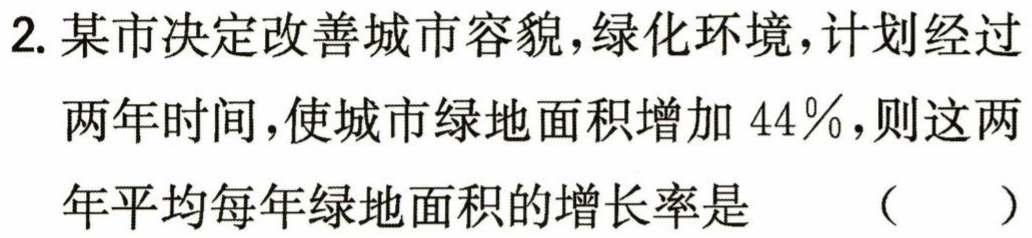
2. 某市决定改善城市容貌，绿化环境，计划经过两年时间，使城市绿地面积增加$44\%$，则这两年平均每年绿地面积的增长率是 （  ）